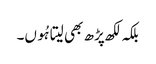
بلکہ لکھ پڑھ بھی لیتا ہُوں۔